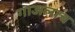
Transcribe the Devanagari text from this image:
गाजलाच